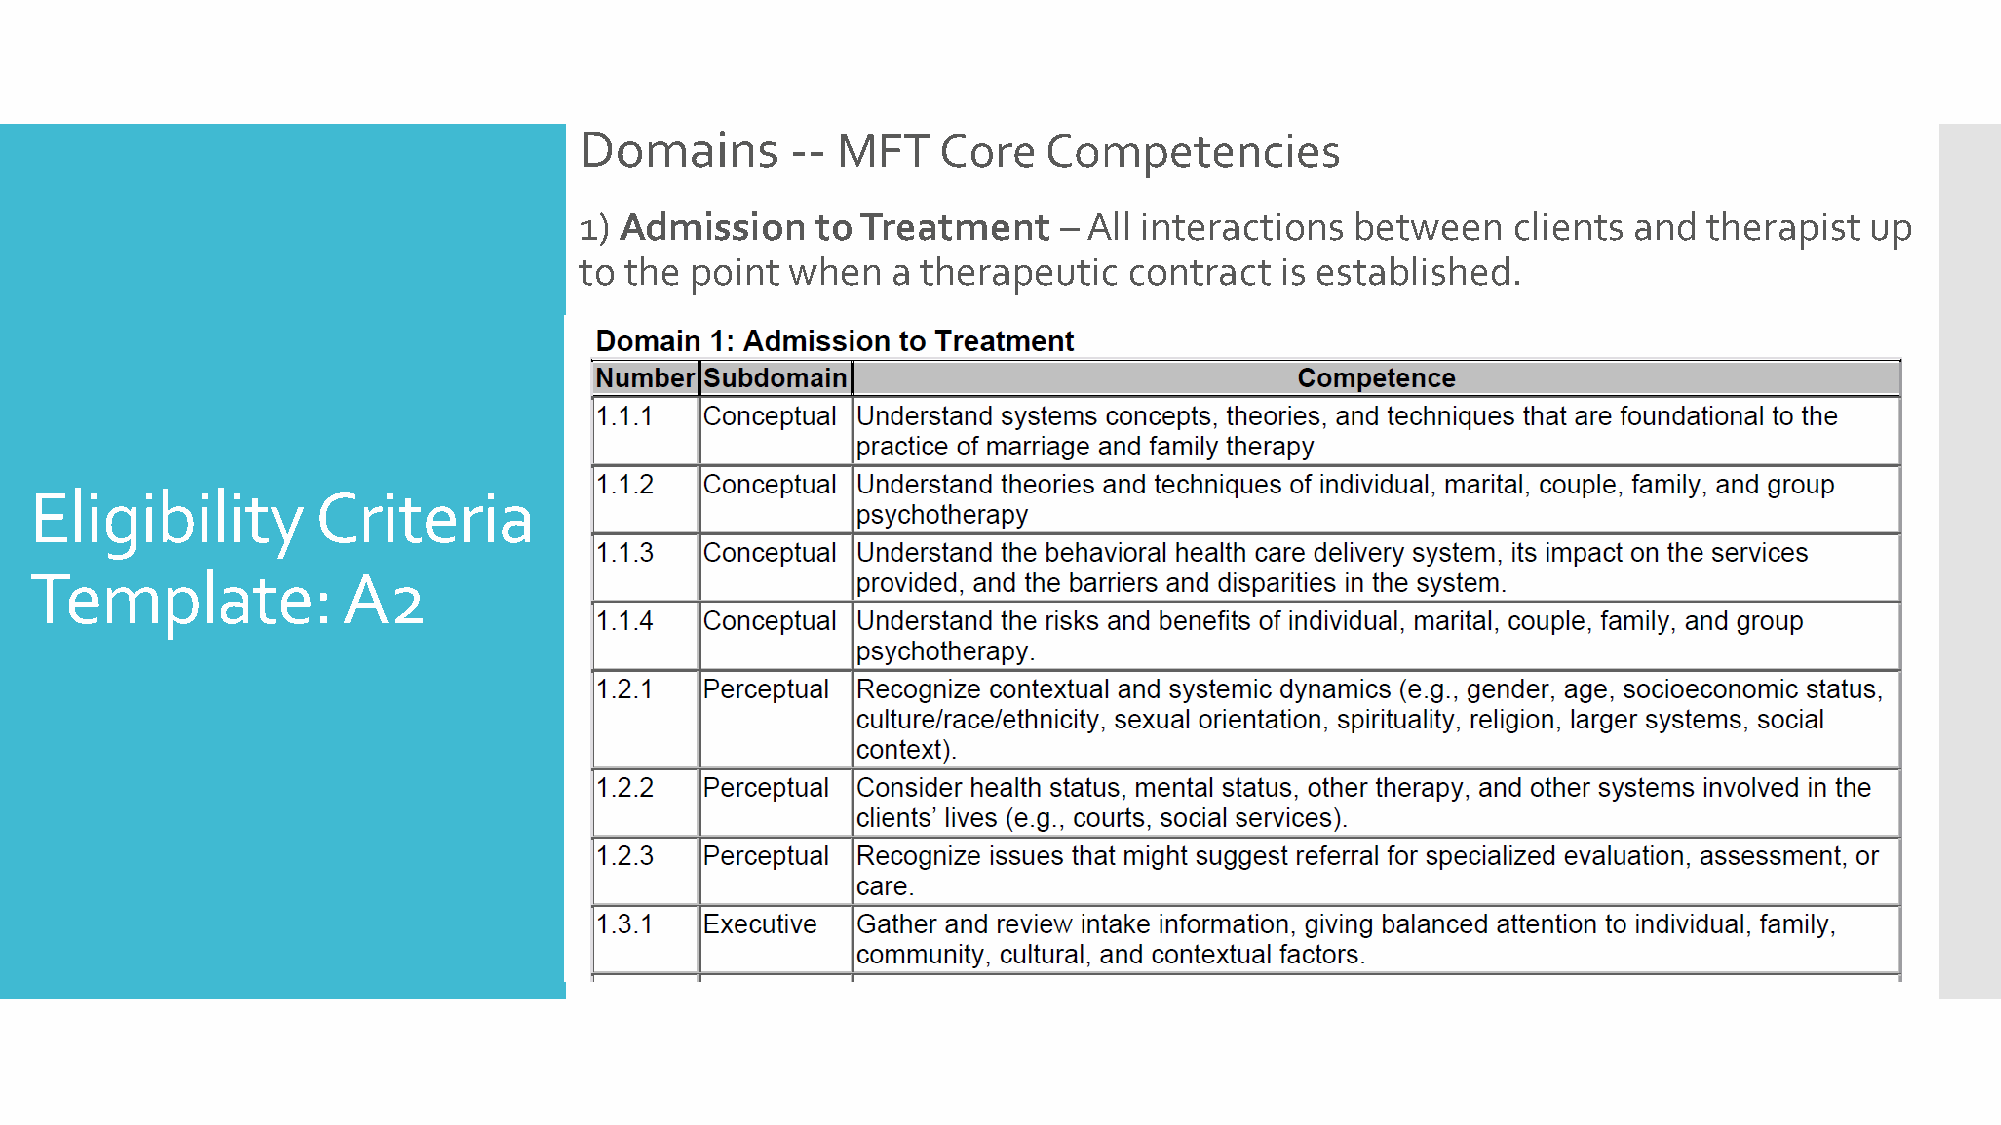
Domains       -- MFT    Core   Competencies
 1) Admission    to Treatment    – All interactions  between   clients and  therapist  up
 to the  point when   a therapeutic   contract  is established.
 Eligibility        Criteria
 Template:            A2